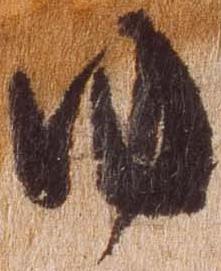
ゆ